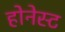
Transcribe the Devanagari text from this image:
होनेस्ट